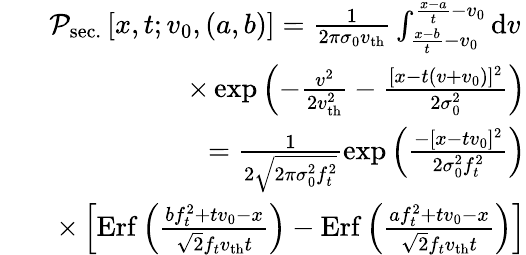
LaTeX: \begin{array}{r}{\mathcal{P}_{\mathrm{sec.}}\left[x,t;v_{0},(a,b)\right]=\frac{1}{2\pi\sigma_{0}v_{\mathrm{th}}}\int_{\frac{x-b}{t}-v_{0}}^{\frac{x-a}{t}-v_{0}}\mathrm{d}v\, }\\ {\qquad\times\exp\left(-\frac{v^{2}}{2v_{\mathrm{th}}^{2}}-\frac{[x-t(v+v_{0})]^{2}}{2\sigma_{0}^{2}}\right)}\\ {=\frac{1}{2\sqrt{2\pi\sigma_{0}^{2}f_{t}^{2}}}\exp\left(\frac{-[x-tv_{0}]^{2}}{2\sigma_{0}^{2}f_{t}^{2}}\right)}\\ {\qquad\times\left[\mathrm{Erf}\left(\frac{bf_{t}^{2}+tv_{0}-x}{\sqrt{2}f_{t}v_{\mathrm{th}}t}\right)-\mathrm{Erf}\left(\frac{af_{t}^{2}+tv_{0}-x}{\sqrt{2}f_{t}v_{\mathrm{th}}t}\right)\right]}\end{array}